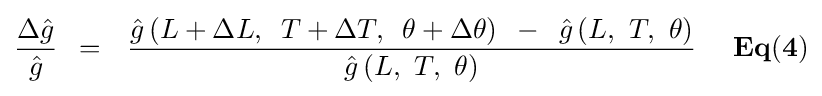
{{\Delta {\hat {g}}} \over {\hat {g}}}\,\,\,=\,\,\,\,{{{\hat {g}}\left({L+\Delta L,\,\,\,T+\Delta T,\,\,\,\theta +\Delta \theta }\right)\,\,\,-\,\,\,{\hat {g}}\left({L,\,\,T,\,\,\theta }\right)} \over {{\hat {g}}\left({L,\,\,T,\,\,\theta }\right)}}{\mathbf {\,\,\,\,\,\,\,\,Eq(4)} }